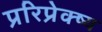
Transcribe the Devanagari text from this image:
प्ररिप्रेक्ष्य